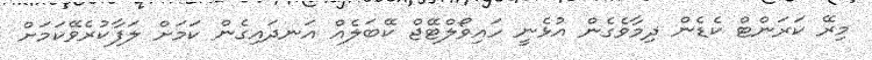
މިރޭ ކަރަންޓް ކެޑެން ދިމާވެގެން އުޅެނީ ހައިވޯލްޓޭޖް ކޭބަލެއް އަނދައިގެން ކަމަށް ލަފާކުރެވޭކަމަށް